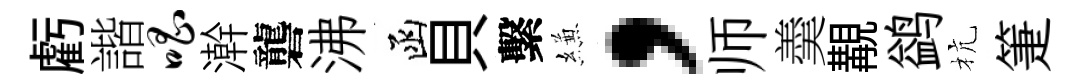
虧諧唱澣礱沸函貝繫縑，师羮覯鹢杭箑